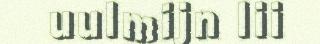
uulmijn lii